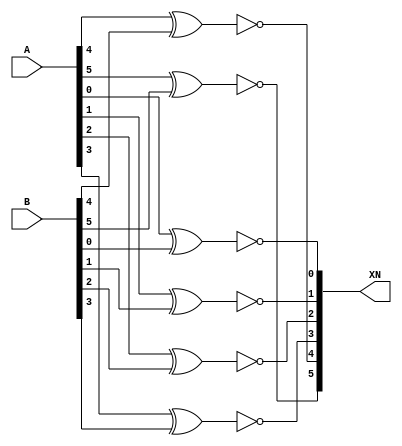

module BitXnor(
input wire [5:0] A,B,
output wire [5:0] XN );
//XNOR Logic function OUT put stored and function left
xnor g1(XN[0],A[0],B[0]);
xnor g2(XN[1],A[1],B[1]);
xnor g3(XN[2],A[2],B[2]);
xnor g4(XN[3],A[3],B[3]);
xnor g5(XN[4],A[4],B[4]);
xnor g6(XN[5],A[5],B[5]);

endmodule